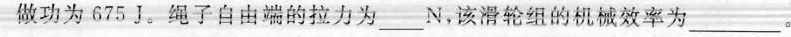
力做功为675J。绳子自由端的拉力为____N，该滑轮组的机械效率为_____。